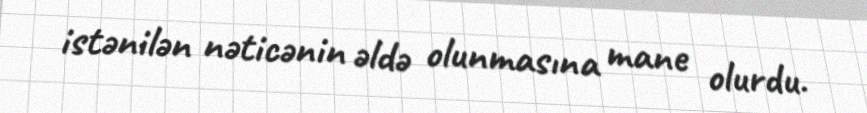
istənilən nəticənin əldə olunmasına mane olurdu.